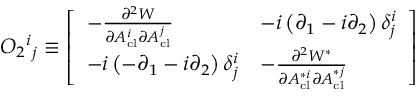
{ \cal O } _ { 2 } { } ^ { i } { } _ { j } \equiv \left[ \begin{array} { l l } { { - { \frac { \partial ^ { 2 } { \cal W } } { \partial A _ { \mathrm { c l } } ^ { i } \partial A _ { \mathrm { c l } } ^ { j } } } } } & { { - i \left( \partial _ { 1 } - i \partial _ { 2 } \right) \delta _ { j } ^ { i } } } \\ { { - i \left( - \partial _ { 1 } - i \partial _ { 2 } \right) \delta _ { j } ^ { i } } } & { { - { \frac { \partial ^ { 2 } { \cal W } ^ { * } } { \partial A _ { \mathrm { c l } } ^ { * i } \partial A _ { \mathrm { c l } } ^ { * j } } } } } \end{array} \right]